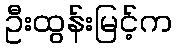
ဦးထွန်းမြင့်က